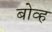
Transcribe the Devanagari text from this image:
बोव्ह